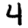
Digit: 4